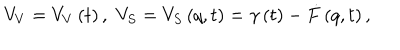
LaTeX: V _ { V } = V _ { V } \left( t \right) , \, \, V _ { S } = V _ { S } \left( q , t \right) = \gamma \left( t \right) - \dot { F } \left( q , t \right) ,